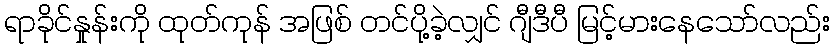
ရာခိုင်နှုန်းကို ထုတ်ကုန် အဖြစ် တင်ပို့ခဲ့လျှင် ဂျီဒီပီ မြင့်မားနေသော်လည်း